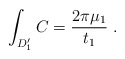
\begin{align*}\int_{D_1^{\prime}}C={2\pi\mu_1\over t_1} \ .\end{align*}